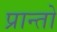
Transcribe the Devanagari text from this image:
प्रान्‍तो